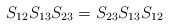
\begin{align*}S_{12}S_{13}S_{23}=S_{23}S_{13}S_{12}\end{align*}